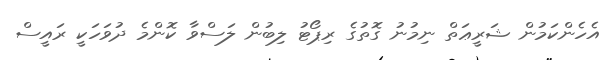
އެހެންކަމުން ޝަރީޢަތް ނިމުނު ގޮތުގެ ރިޕޯޓު ލިބުން ލަސްވާ ކޮންމެ ދުވަހަކީ ރައީސް